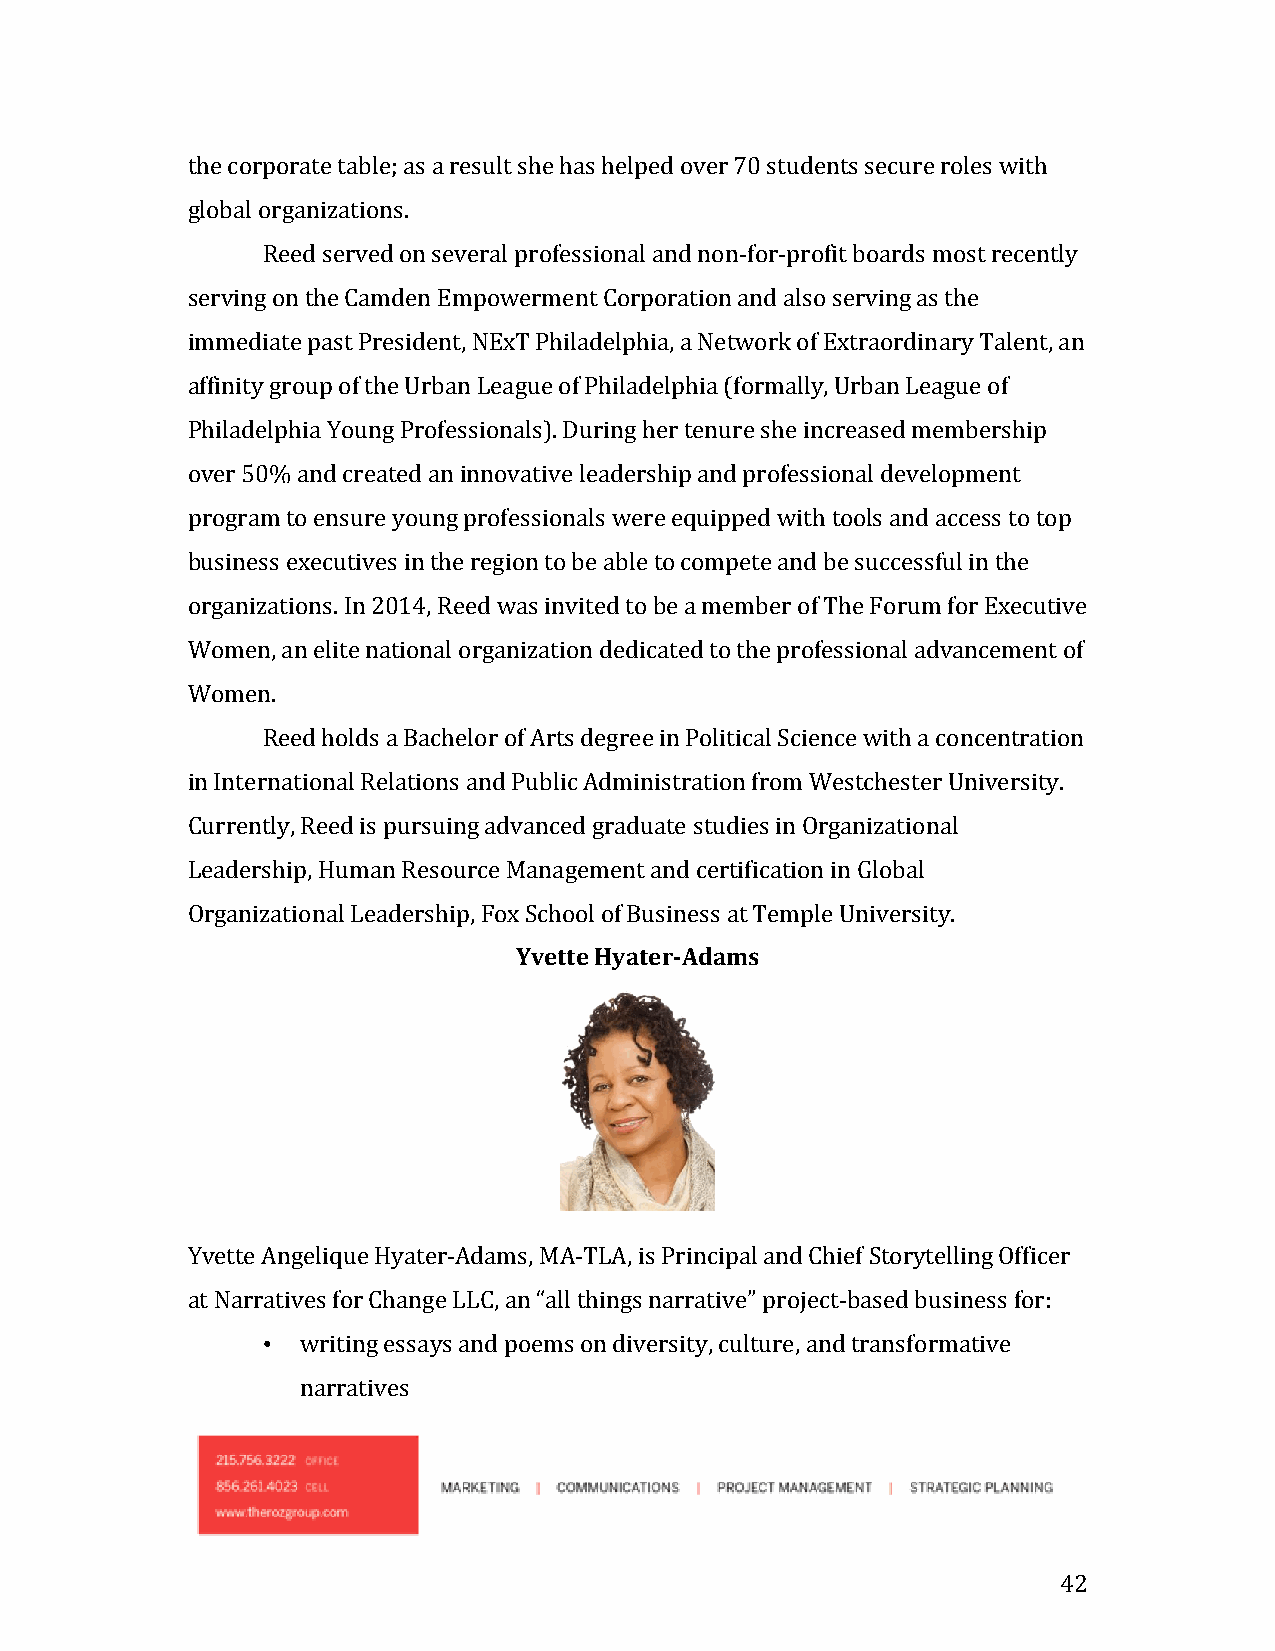
the corporate table; as a result she has helped over 70 students secure roles with
 global organizations.
 Reed served on several professional and non-for-profit boards most recently
 serving on the Camden Empowerment Corporation and also serving as the
 immediate past President, NExT Philadelphia, a Network of Extraordinary Talent, an
 affinity group of the Urban League of Philadelphia (formally, Urban League of
 Philadelphia Young Professionals). During her tenure she increased membership
 over 50% and created an innovative leadership and professional development
 program to ensure young professionals were equipped with tools and access to top
 business executives in the region to be able to compete and be successful in the
 organizations. In 2014, Reed was invited to be a member of The Forum for Executive
 Women, an elite national organization dedicated to the professional advancement of
 Women.
 Reed holds a Bachelor of Arts degree in Political Science with a concentration
 in International Relations and Public Administration from Westchester University.
 Currently, Reed is pursuing advanced graduate studies in Organizational
 Leadership, Human Resource Management and certification in Global
 Organizational Leadership, Fox School of Business at Temple University.
 Yvette Hyater-Adams
 Yvette Angelique Hyater-Adams, MA-TLA, is Principal and Chief Storytelling Officer
 at Narratives for Change LLC, an “all things narrative” project-based business for:
 •  writing essays and poems on diversity, culture, and transformative
 narratives
 42